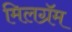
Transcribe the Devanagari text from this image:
मिलग्रॅम